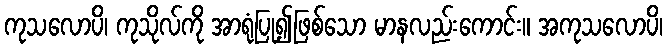
ကုသလောပိ၊ ကုသိုလ်ကို အာရုံပြု၍ဖြစ်သော မာနလည်းကောင်း။ အကုသလောပိ၊